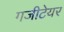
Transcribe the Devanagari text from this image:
गजीटेयर